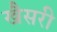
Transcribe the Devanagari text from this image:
खैसरी